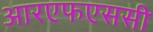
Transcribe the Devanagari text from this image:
आरएफएससी